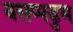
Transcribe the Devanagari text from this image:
वसप्पडुम